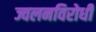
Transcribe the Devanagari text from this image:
ज्वलनविरोधी